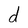
Character: d